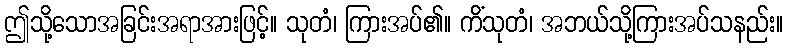
ဤသို့သောအခြင်းအရာအားဖြင့်။ သုတံ၊ ကြားအပ်၏။ ကိံသုတံ၊ အဘယ်သို့ကြားအပ်သနည်း။